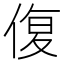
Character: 𮰁